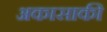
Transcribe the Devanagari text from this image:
अकासाकी